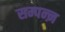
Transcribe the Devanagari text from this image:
सम्पन्ऩ